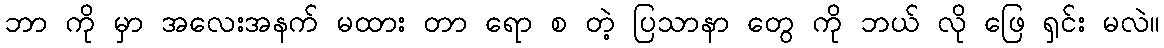
ဘာ ကို မှာ အလေးအနက် မထား တာ ရော စ တဲ့ ပြသာနာ တွေ ကို ဘယ် လို ဖြေ ရှင်း မလဲ။